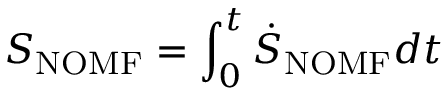
S _ { \mathrm { { N O M F } } } = \int _ { 0 } ^ { t } \dot { S } _ { \mathrm { { N O M F } } } d t